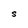
Character: S